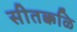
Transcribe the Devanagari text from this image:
सीतक्कळि